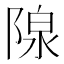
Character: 𬯏